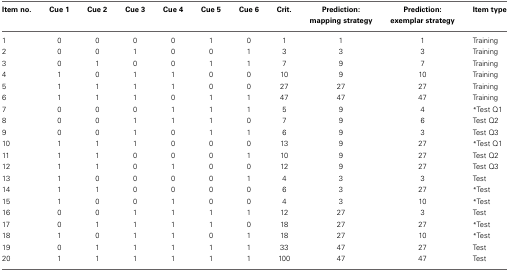
<table><thead><tr><td><b>Item no.</b></td><td><b>Cue 1</b></td><td><b>Cue 2</b></td><td><b>Cue 3</b></td><td><b>Cue 4</b></td><td><b>Cue 5</b></td><td><b>Cue 6</b></td><td><b>Crit.</b></td><td><b>Prediction: mapping strategy</b></td><td><b>Prediction: exemplar strategy</b></td><td><b>Item type</b></td></tr></thead><tbody><tr><td>1</td><td>0</td><td>0</td><td>0</td><td>0</td><td>1</td><td>0</td><td>1</td><td>1</td><td>1</td><td>Training</td></tr><tr><td>2</td><td>0</td><td>0</td><td>1</td><td>0</td><td>0</td><td>1</td><td>3</td><td>3</td><td>3</td><td>Training</td></tr><tr><td>3</td><td>0</td><td>1</td><td>0</td><td>0</td><td>1</td><td>1</td><td>7</td><td>9</td><td>7</td><td>Training</td></tr><tr><td>4</td><td>1</td><td>0</td><td>1</td><td>1</td><td>0</td><td>0</td><td>10</td><td>9</td><td>10</td><td>Training</td></tr><tr><td>5</td><td>1</td><td>1</td><td>1</td><td>1</td><td>0</td><td>0</td><td>27</td><td>27</td><td>27</td><td>Training</td></tr><tr><td>6</td><td>1</td><td>1</td><td>1</td><td>0</td><td>1</td><td>1</td><td>47</td><td>47</td><td>47</td><td>Training</td></tr><tr><td>7</td><td>0</td><td>0</td><td>0</td><td>1</td><td>1</td><td>1</td><td>5</td><td>9</td><td>4</td><td>*Test Q1</td></tr><tr><td>8</td><td>0</td><td>0</td><td>1</td><td>1</td><td>1</td><td>0</td><td>7</td><td>9</td><td>6</td><td>Test Q2</td></tr><tr><td>9</td><td>0</td><td>0</td><td>1</td><td>0</td><td>1</td><td>1</td><td>6</td><td>9</td><td>3</td><td>Test Q3</td></tr><tr><td>10</td><td>1</td><td>1</td><td>1</td><td>0</td><td>0</td><td>0</td><td>13</td><td>9</td><td>27</td><td>*Test Q1</td></tr><tr><td>11</td><td>1</td><td>1</td><td>0</td><td>0</td><td>0</td><td>1</td><td>10</td><td>9</td><td>27</td><td>Test Q2</td></tr><tr><td>12</td><td>1</td><td>1</td><td>0</td><td>1</td><td>0</td><td>0</td><td>12</td><td>9</td><td>27</td><td>Test Q3</td></tr><tr><td>13</td><td>1</td><td>0</td><td>0</td><td>0</td><td>0</td><td>1</td><td>4</td><td>3</td><td>3</td><td>Test</td></tr><tr><td>14</td><td>1</td><td>1</td><td>0</td><td>0</td><td>0</td><td>0</td><td>6</td><td>3</td><td>27</td><td>*Test</td></tr><tr><td>15</td><td>1</td><td>0</td><td>0</td><td>1</td><td>0</td><td>0</td><td>4</td><td>3</td><td>10</td><td>*Test</td></tr><tr><td>16</td><td>0</td><td>0</td><td>1</td><td>1</td><td>1</td><td>1</td><td>12</td><td>27</td><td>3</td><td>Test</td></tr><tr><td>17</td><td>0</td><td>1</td><td>1</td><td>1</td><td>1</td><td>0</td><td>18</td><td>27</td><td>27</td><td>*Test</td></tr><tr><td>18</td><td>1</td><td>0</td><td>1</td><td>1</td><td>0</td><td>1</td><td>18</td><td>27</td><td>10</td><td>*Test</td></tr><tr><td>19</td><td>0</td><td>1</td><td>1</td><td>1</td><td>1</td><td>1</td><td>33</td><td>47</td><td>27</td><td>Test</td></tr><tr><td>20</td><td>1</td><td>1</td><td>1</td><td>1</td><td>1</td><td>1</td><td>100</td><td>47</td><td>47</td><td>Test</td></tr></tbody></table>